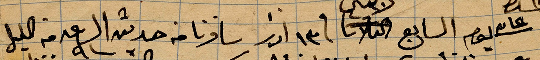
يوم السابع الثلاثا في ١٣ اذار سافرنا من حديثه الساعة ٩ من الليل